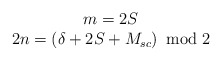
\begin{align*}\begin{array}{c}m=2S\\2n=(\delta +2S+M_{sc})\: \bmod 2\end{array}\end{align*}